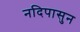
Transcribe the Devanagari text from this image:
नदिपासुन